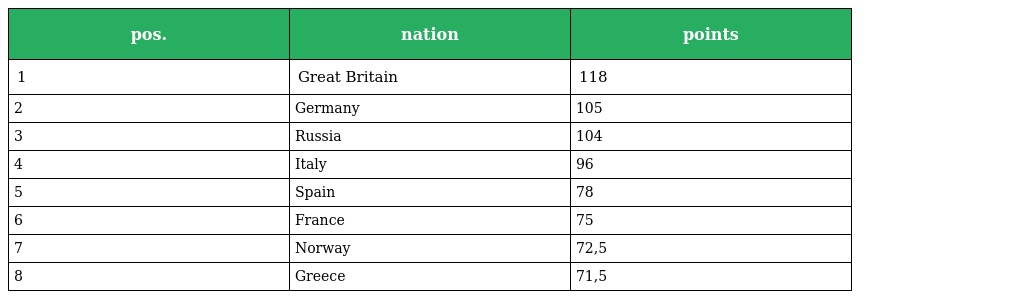
| pos. | nation | points |
 | --- | --- | --- |
 | 1 | Great Britain | 118 |
 | 2 | Germany | 105 |
 | 3 | Russia | 104 |
 | 4 | Italy | 96 |
 | 5 | Spain | 78 |
 | 6 | France | 75 |
 | 7 | Norway | 72,5 |
 | 8 | Greece | 71,5 |